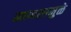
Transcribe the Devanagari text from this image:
माणसामुळे